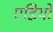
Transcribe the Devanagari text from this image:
एडियों